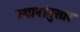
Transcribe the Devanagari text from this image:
स्थानांनुसार